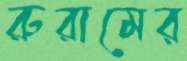
রুরামের